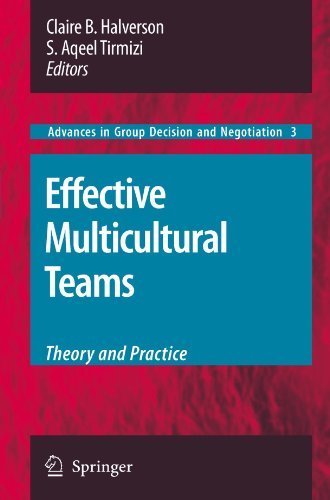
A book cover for Effective Multicultural Teams: Theory and Practice (Advances in Group Decision and Negotiation); Medical Books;